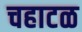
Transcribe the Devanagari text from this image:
चहाटळ